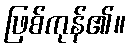
ဖြစ်ကုန်၏။